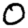
Digit: 0